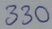
Text: 330